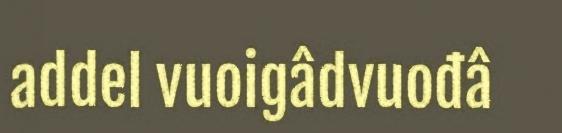
addel vuoigâdvuođâ